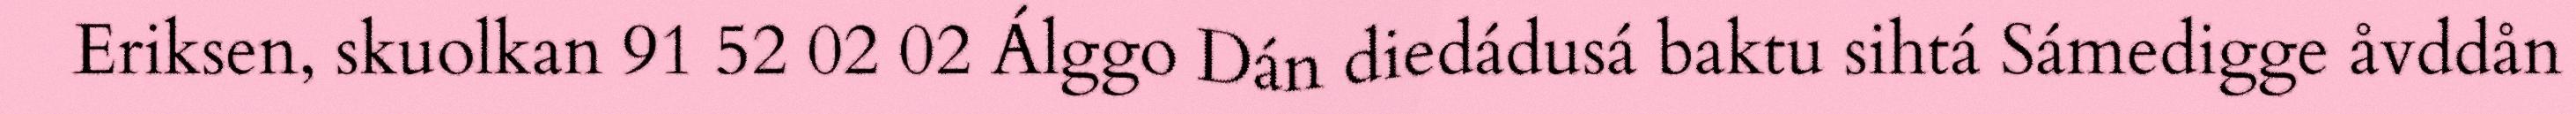
Eriksen, skuolkan 91 52 02 02 Álggo Dán diedádusá baktu sihtá Sámedigge åvddån